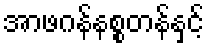
အာဖဂန်နစ္စတန်နှင့်